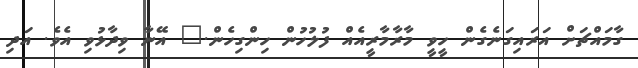
ގާމައްޗަށް އަރައިގަނެގެން ހީވީ މާރާމާރީއެއް ފުލުހުން ހިންގިހެން." އޭނާ ވިދާޅުވި އެވެ. އަދި